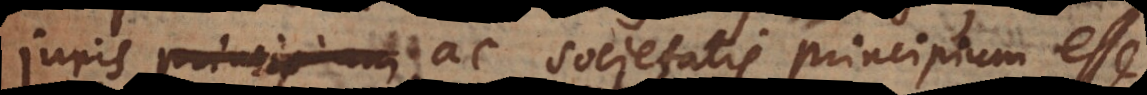
s principium ac societatis principium esse